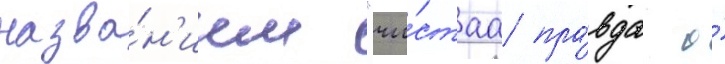
назва́н'ием "чи́стаа пра́вда о́